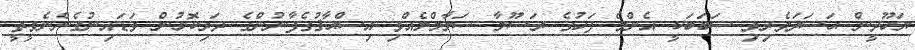
ޔަހޫދީން ޙަސަދަވެރިވި ސަބަބަކީ އެންމެ ފަހުގެ ރަސޫލާ ސަލާމްލެއްވި އިސްޙާޤުގެފާނުންގެ ދަރިކޮޅުން ވަޑަައިނުގެންނެވީތީ